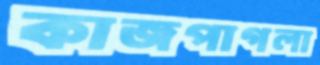
কাজপাগলা